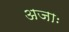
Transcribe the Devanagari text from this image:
अजाः